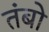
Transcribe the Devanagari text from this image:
तंबो